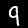
Label: 9